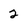
Character: 2